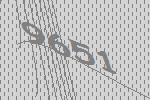
9651